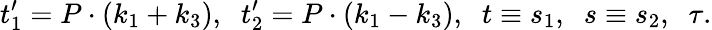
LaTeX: t_{1}^{\prime}=P\cdot(k_{1}+k_{3}),\; \; t_{2}^{\prime}=P\cdot(k_{1}-k_{3}),\; \; t\equiv s_{1},\; \; s\equiv s_{2},\; \; \tau.